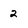
Character: 2